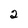
Character: 2